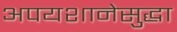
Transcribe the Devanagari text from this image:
अपयशानेसुद्धा